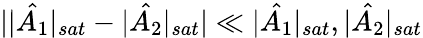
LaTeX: ||\hat{A_{1}}|_{sat}-|\hat{A_{2}}|_{sat}|\ll|\hat{A_{1}}|_{sat},|\hat{A_{2}}|_{sat}